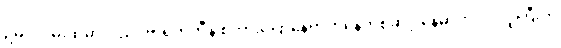
ဥမင်လမ်းထဲမှာလည်း ဗာရက်တီနဲ့ စကားပြောနေရာကနေတစ်ဆင့် နေမာက ဒိုင်လူကြီးကို